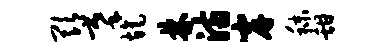
欺摹旄林满岸秣甜